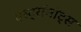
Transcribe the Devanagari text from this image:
एस्ट्राॅनाॅट्स